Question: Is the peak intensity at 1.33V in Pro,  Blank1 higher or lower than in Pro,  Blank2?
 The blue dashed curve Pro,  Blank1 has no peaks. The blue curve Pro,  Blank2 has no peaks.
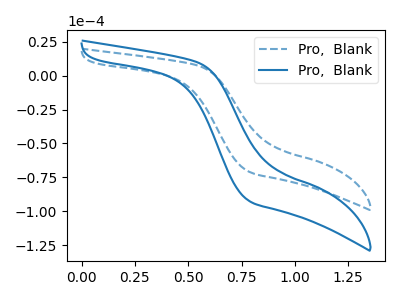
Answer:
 <answer>"Pro,  Blank1" and "Pro,  Blank2" dont share a peak at 1.33V.</answer>
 <eval>mismatch</eval>